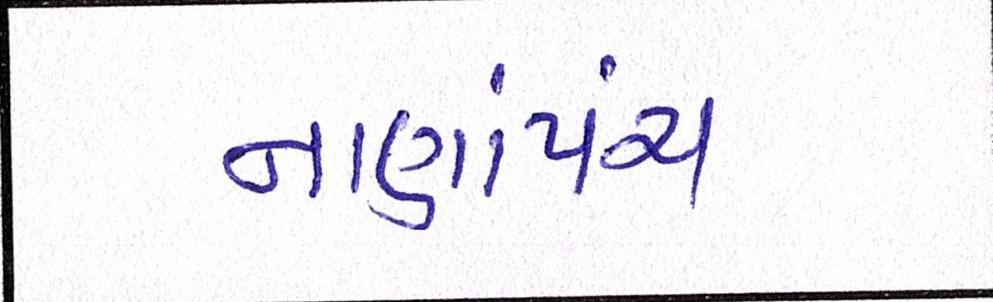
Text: નાણાંપંચ